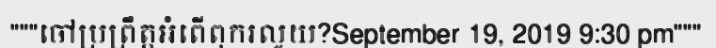
"""ចៅប្រព្រឹត្តអំពើពុករលូយ?September 19, 2019 9:30 pm"""